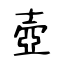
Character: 壺